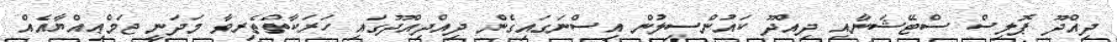
ދިއްދޫ ޕޮލިސް ސްޓޭޝަނާއި ދިއްދޫ ކައުންސިލުން އިސްނަގައިގެން ދިއްދިއްދޫގައި ހަރަކާތްތެރިވާ މަދަނީ ޖަމްޢިއްޔާއެއް